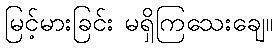
မြင့်မားခြင်း မရှိကြသေးချေ။